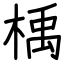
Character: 楀